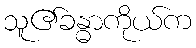
သူ၏ခန္ဓာကိုယ်က